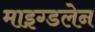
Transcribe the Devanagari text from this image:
माइग्डलेन